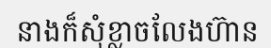
នាងក៏សុំខ្លាចលែងហ៊ាន